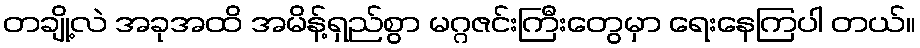
တချို့လဲ အခုအထိ အမိန့်ရှည်စွာ မဂ္ဂဇင်းကြီးတွေမှာ ရေးနေကြပါ တယ်။